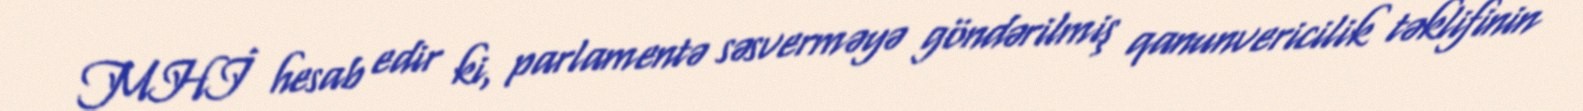
MHİ hesab edir ki, parlamentə səsverməyə göndərilmiş qanunvericilik təklifinin